Report on vaccination in Madras 1922-1929 - 1922-1929
Year: 1922
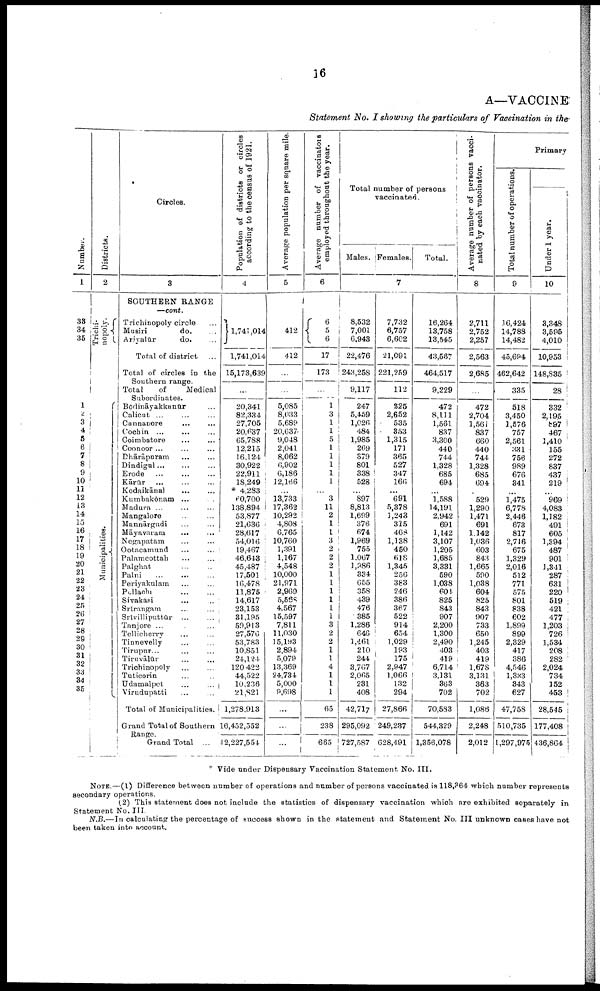
16
A—VACCINE
Statement No. I showing the particulars
of Vaccination in the
Number.
1
33
34
35
1
2
3
4
5
6
7
8
9
10
11
12
13
14
15
16
17
18
19
20
21
22
23
24
25
26
27
28
29
30
31
32
33
34
35
Districts.
2
Trichi
nopoly.
Municipalities.
Circles.
3
SOUTHERN RANGE
—cont.
Trichinopoly circle...
Musiri
do.
...
Ariyalūr
do. ...
Total of district. ...
Total of circles in the
Southern range.
Total of Medical
Subordinates.
Bōdināyakkanūr...
Calicut ... ... ... ...
Cannanore... ... ...
Cochin... ... ...
Coimbatore...
...
...
Coonoor ... ... ...
Dhārāpuram...
...
Dindigul... ...
Erode... ...
Kārūr... ...
Kodaikānal...
...
...
Kumbakōnam... ... ...
Madura... ... ... ... ...
Mangalore... ... ...
Mannārgudi... ... ...
Māyavaram...
...
...
Negapatam... ... ...
Ootacamund...
...
...
Palamcottah...
...
...
Palghat... ... ...
Palni...
...
...
Periyakulam... ...
Pollachi...
...
...
Sivakasi... ...
Srirangam...
...
...
Srivilliputtūr... ...
...
Tanjore... ... ... ...
Tellicherry... ... ...
Tinnevelly... ... ...
Tirupur... ... ... ...
Tiruvālūr... ... ...
Trichinopoly... ... ...
Tuticorin... ...
Udamalpet...
...
...
Virudupatti... ... ...
Total of Municipalities.
Grand Total of Southern
Range.
Grand Total ...
Population of districts or circles
according to the census of 1921.
4
1,741,014
1,741,014
15,173,639
...
20,341
82,334
27,705
20,637
65,788
12,215
16,124
30,922
22,911
18,249
* 4,283
60,700
138,894
53,877
21,636
28,617
54,016
19,467
46,643
45,487
17,501
16,478
11,875
14,617
23,153
31,195
59,913
27,576
53,783
10,851
24,124
120,422
44,522
10,236
21,821
1,278,913
16,452,552
42,227,554
Average population per square mile.
5
412
412
...
...
5,085
8,033
5,689
20,637
9,048
2,041
8,062
6,902
6,186
12,166
...
13,733
17,362
10,292
4,808
6,765
10,760
1,391
1,167
4,548
10,000
21,971
2,969
5,568
4,567
15,597
7,811
11,030
15,193
2,894
5,079
13,369
24,734
5,000
9,698
...
...
...
Average number of vaccinators
employed throughout the year.
6
6 5 6
17
173
...
...
3
1
1
5 1
1
1
1 1
...
3
11 2
1
1
3
2
2
2
1
1
1
1
1
1
3
2
2
1
1
4
1
1
1
65
238
665
Total number of persons
vaccinated.
Males. Females.
Total.
7
8,532
7,001
6,943
22,476
243,258
9,117
247
5,459
1,026
484
1,985
269
379
801
338
528
...
897
8,813
1,699
376
674
1,969
755
1,067
1,986
334
655
358
439
476
385
1,286
646
1,461
210
244
3,767
2,065
231
408
42,717
295,092
727,587
7,732
6,757
6,602
21,091
221,259
112
225
2,652
535
353
1,315
171
365
527
347
166
...
691
5,378
1,243
315
468
1,138
450
618
1,345
256
383
246
386
367
522
914
654
1,029
193
175
2,947
1,066
132
294
27,866
249,237
628,491
16,264
13,758
13,545
43,587
464,517
9,229
472
8,111
1,561
837
3,300
440
744
1,328
685
694
...
1,588
14,191
2,942
691
1,142
3,107
1,205
1,685
3,331
590
1,038
604
825
843
907
2,200
1,300
2,490
403
419
6,714
3,131
363
702
70,583
544,329
1,356,078
Average number of persons vacci
nated by each vaccinator.
8
2,711
2,752
2,257
2,563
2,685
...
472
2,704
1,561
837
660
440
744
1,328
685
694
...
529
1,290
1,471
691
1,142
1,036
603
843
1,665
590
1,038
604
825
843
907
733
650
1,245
403
419
1,678
3,131
363
702
1,086
2,248
2,012
Primary
Total number of operations.
9
16,424
14,788
14,482
45,694
462,642
335
518
3,450
1,576
757
2,561
331
756
989
676
341
...
1,475
6,778
2,446
673
817
2,716
675
1,329
2,016
512
771
575
801
838
602
1,899
899
2,329
417
386
4,546
1,333
343
627
47,758
510,735
1,297,975
Under 1 year.
10
3,348
3,595
4,010
10,953
148,835
28
332
2,195
897
467
1,410
155
272
837
437
219
...
969
4,083
1,182
491
605
1,394
487
901
1,341
287
631
220
519
421
477
1,203
726
1,534
208
282
2,024
734
152
453
28,545
177,408
436,864
* Vide under Dispensary Vaccination Statement No. III.
NOTE.—(1) Difference between number of operations and number of persons vaccinated is 118,364 which number represents
secondary operations.
(2) This statement does not include the statistics of dispensary vaccination which are exhibited separately in
Statement No. III.
N.B.—In calculating the percentage of success shown in the statement and Statement No. III unknown cases have not
been taken into account.